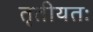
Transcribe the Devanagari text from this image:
तृतीयतः